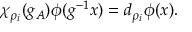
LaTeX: \chi _ { \rho _ { i } } ( g _ { A } ) \phi ( g ^ { - 1 } x ) = d _ { \rho _ { i } } \phi ( x ) .